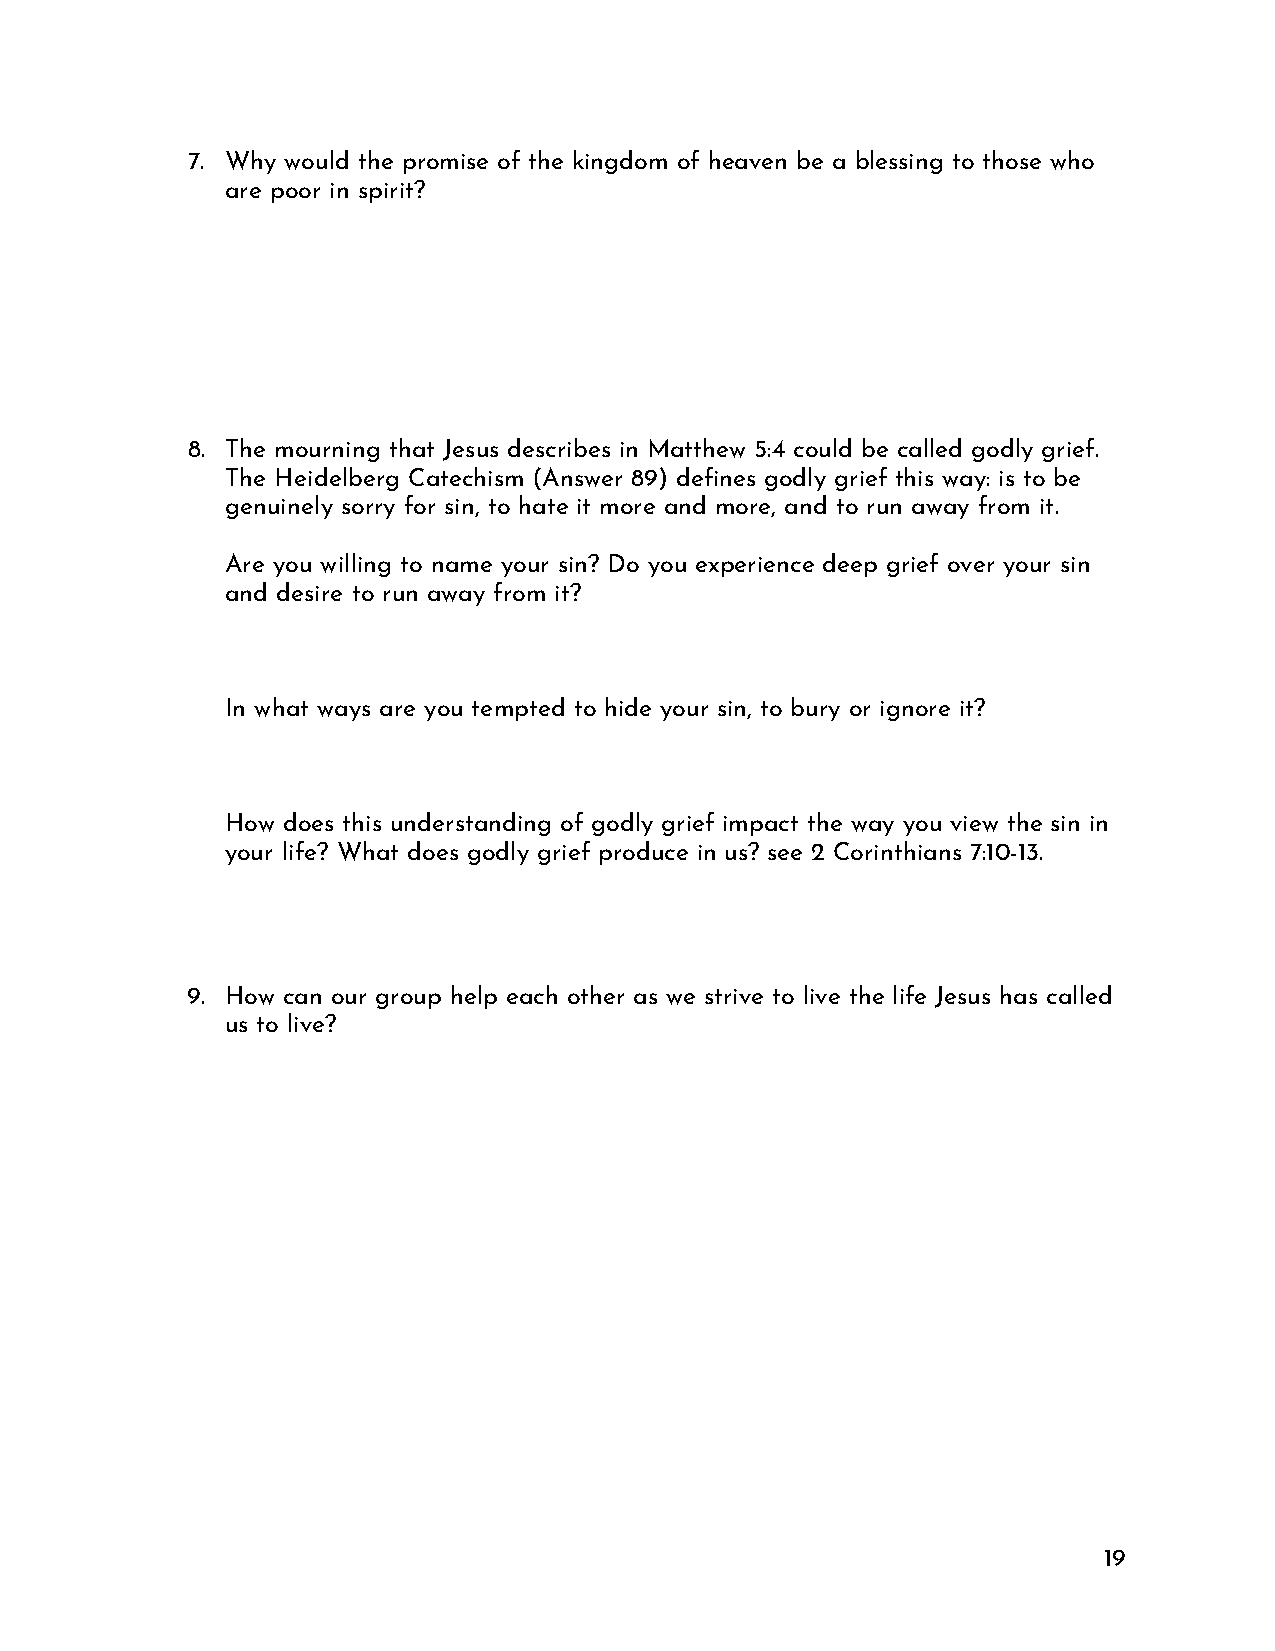
7. Why would the promise of the kingdom of heaven be a blessing to those who
 are poor in spirit?
 8. The mourning that Jesus describes in Matthew 5:4 could be called godly grief.
 The Heidelberg Catechism (Answer 89) defines godly grief this way: is to be
 genuinely sorry for sin, to hate it more and more, and to run away from it.
 Are you willing to name your sin? Do you experience deep grief over your sin
 and desire to run away from it?
 In what ways are you tempted to hide your sin, to bury or ignore it?
 How does this understanding of godly grief impact the way you view the sin in
 your life? What does godly grief produce in us? see 2 Corinthians 7:10-13.
 9. How can our group help each other as we strive to live the life Jesus has called
 us to live?
 19